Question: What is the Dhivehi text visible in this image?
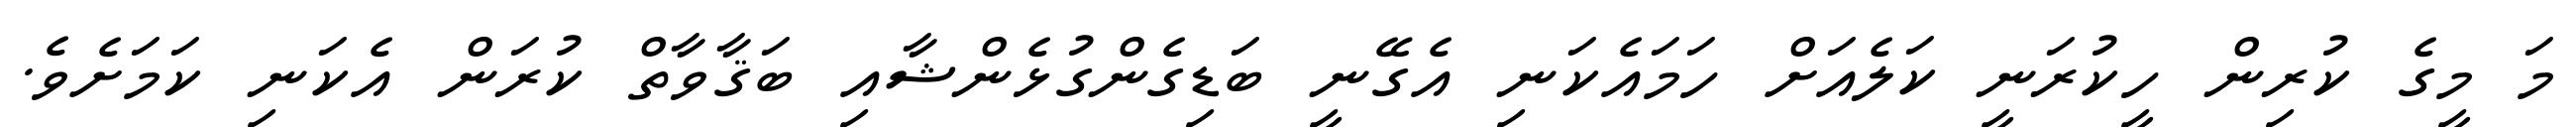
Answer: މަ މީގެ ކުރިން ހީކުރަނީ ކަލެއަށް ހަމައެކަނި އެގޭނީ ބަޑިގެންގުޅެންޝާއި ބަޤާވާތް ކުރަން އެކަނި ކަމަށެވެ.